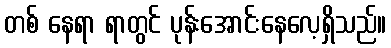
တစ် နေရာ ရာတွင် ပုန်းအောင်းနေလေ့ရှိသည်။